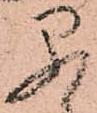
早